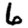
Digit: 6